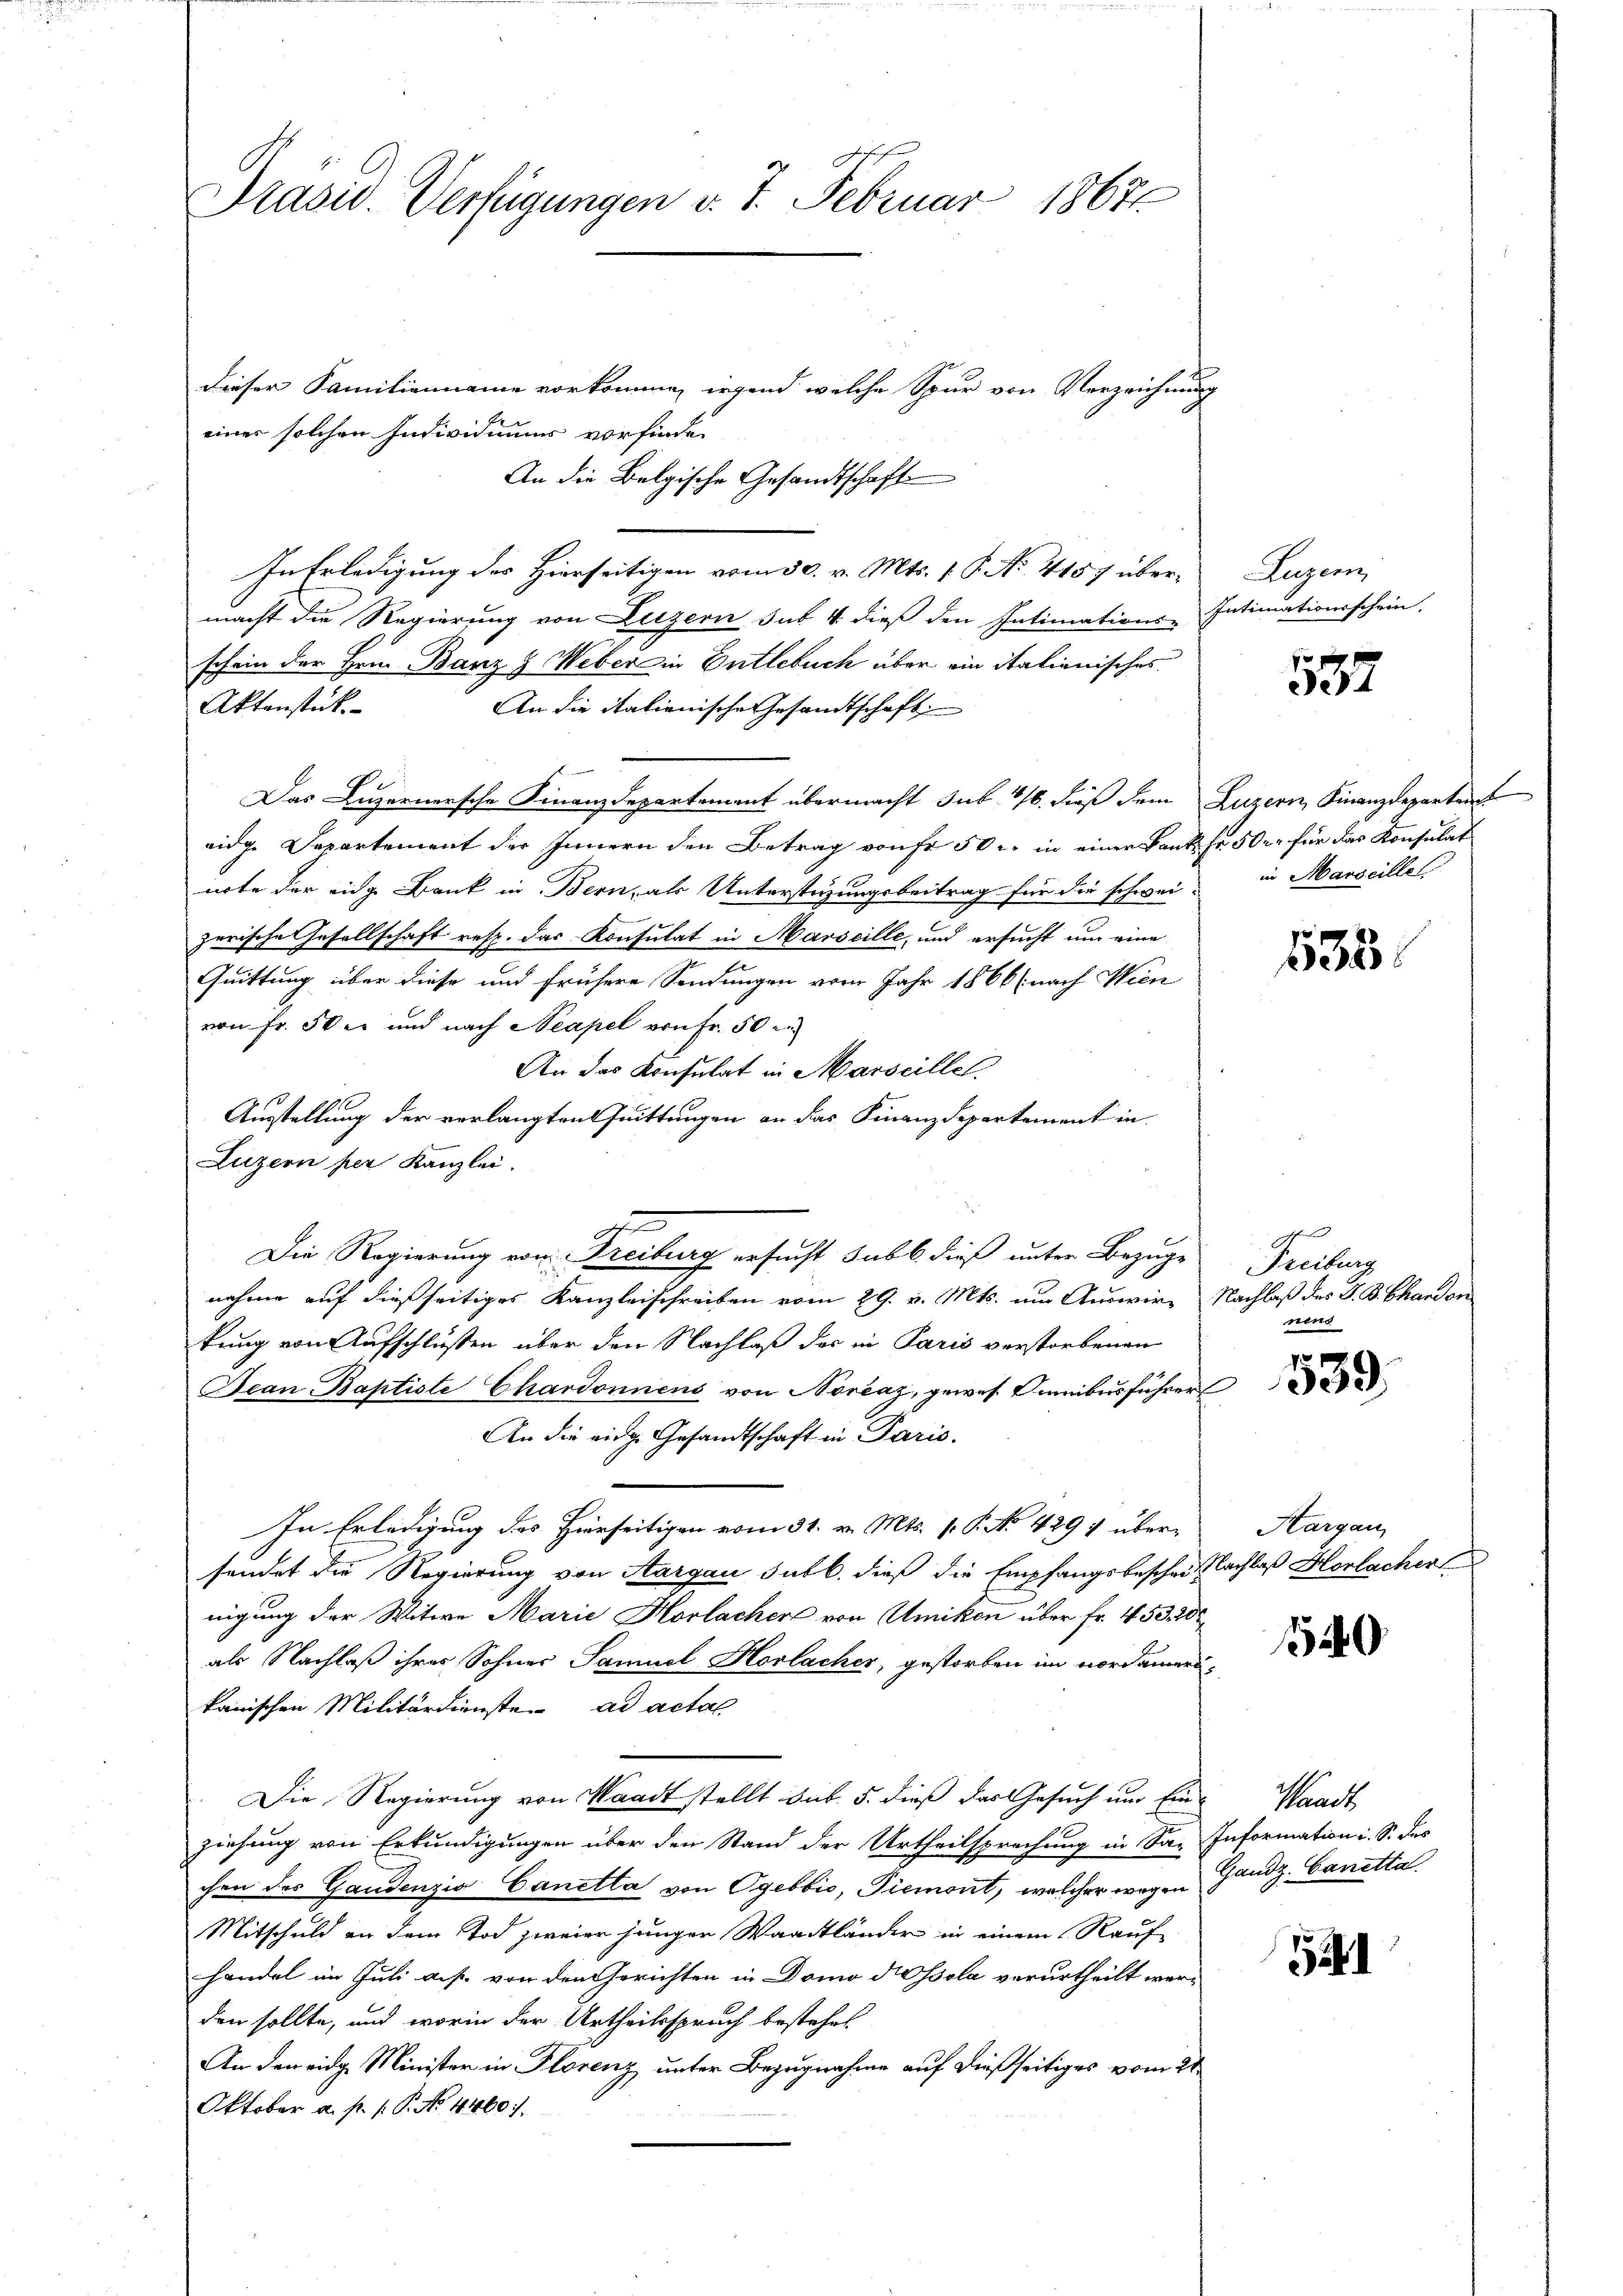
Prasis. Verfügungen v. 7. Februar 18671.

dieser Familienname vorkomme, irgend welche Spur von Verzeichnung
einer solchen Individuums vorfinde
macht die Regierung von Luzern sub 4. dieß den Intimations-
schein der Hrn. Banz Z Weber in Entlebuch über ein italienisches
Aktenstück
An die italienische Gesandtschaft
Das Luzernersche Finanzdepartement übermacht sub 16. dieß dem Luzern, Finanzdepartent
eidg. Departement der Innern den Betrag von fr 50 l. in einer kant Fr. 50 r. für das Konsulat
note der eige Bank in Bern, als Unterstüzungsbeitrag für die schweizerische Gesellschaft resp. das Konsulat in Marseille, und ersucht um eine
Quittung über diese und frühere Sendungen vom Jahr 1866 (nach Wien
von Fr. 30er und nach Neapel von Fr. 50 en
An das Konsulat in Marseille
Ausstellung der vorlangten Quittungen an das Finanzdepartement in
Luzern per Kanzlei.
Die Regierung von Freiburg ersucht sub b. dieß unter Bezuge
nahme auf dießseitiges Kanzleischreiben vom 29. v. Mts. um Auswir- Nachlaß des J. B. Ghanden
tung von Aufschlüßen über den Nachlaß der in Paris verstorbenen
Jean Baptiste Chardonnens von Norčaz, gewes Omnibusführer
An die eige Gesandtschaft in Paris.
In Erledigung des Hierseitigen vom 31. v. Mts. v. P. No. 429 1 übersendet die Regierung von Aargau sub b. dieß die Empfangsbescheit Nachlaß Herlachen
nigung der Witwe Marie Horlacher von Amiken über Fr. 453. 20
als Nachlaß ihres Sohner Samuel Horbacher, gestorben im nordamerikanischen Militärdienste ad actal
Die Regierung von Waadt stellt sub. 5. dieß das Gesuch um Einziehung von Erkundigungen über den Stand der Urtheilsprechung in Sa- Information i. S. des
chen des Gandenzio Canetta von Ogebbić, Piemont, welcher wegen Gandz. Canetta
Mitschuld an dem Tod zweier jungen Waadtländer in einem Rauf
handel im Juli auf von den Gerichten in Domo Fossola verurtheilt werden sollte, und worin der Urtheilsspruch bestehet
Air den eidg. Minister in Florenz unter Bezugnahme auf dießseitiges vom 21
Oktober a. p. 1. P. Nr. 4460.

An die Belgische Gesandtschaft
In Erledigung des Hierseitigen vom 30. v. Mts. 1. P. No. 4157 über¬

Luzern,
Intimationsschein,

in Marseillel

g
Freiburg
nens

Aargau,

Maach

537

535

539.

10

521